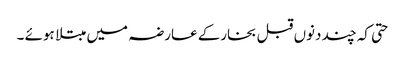
حتی کہ چند دنوں قبل بخارکے عارضہ میں مبتلا ہوئے ۔